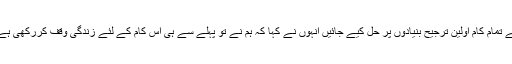
تمام انتظامیہ او رریونیو آفسران بھی یہی ہدایات ہیں کہ اوورسیز پاکستانیوں کے تمام کام اولین ترجیح بنیادوں پر حل کیے جائیں انہوں نے کہا کہ ہم نے تو پہلے سے ہی اس کام کے لئے زندگی وقف کررکھی ہے ہمارے دروازے24گھنٹے اوورسیز پاکستانیوں اور عوام کے لئے کھلے ہیں۔